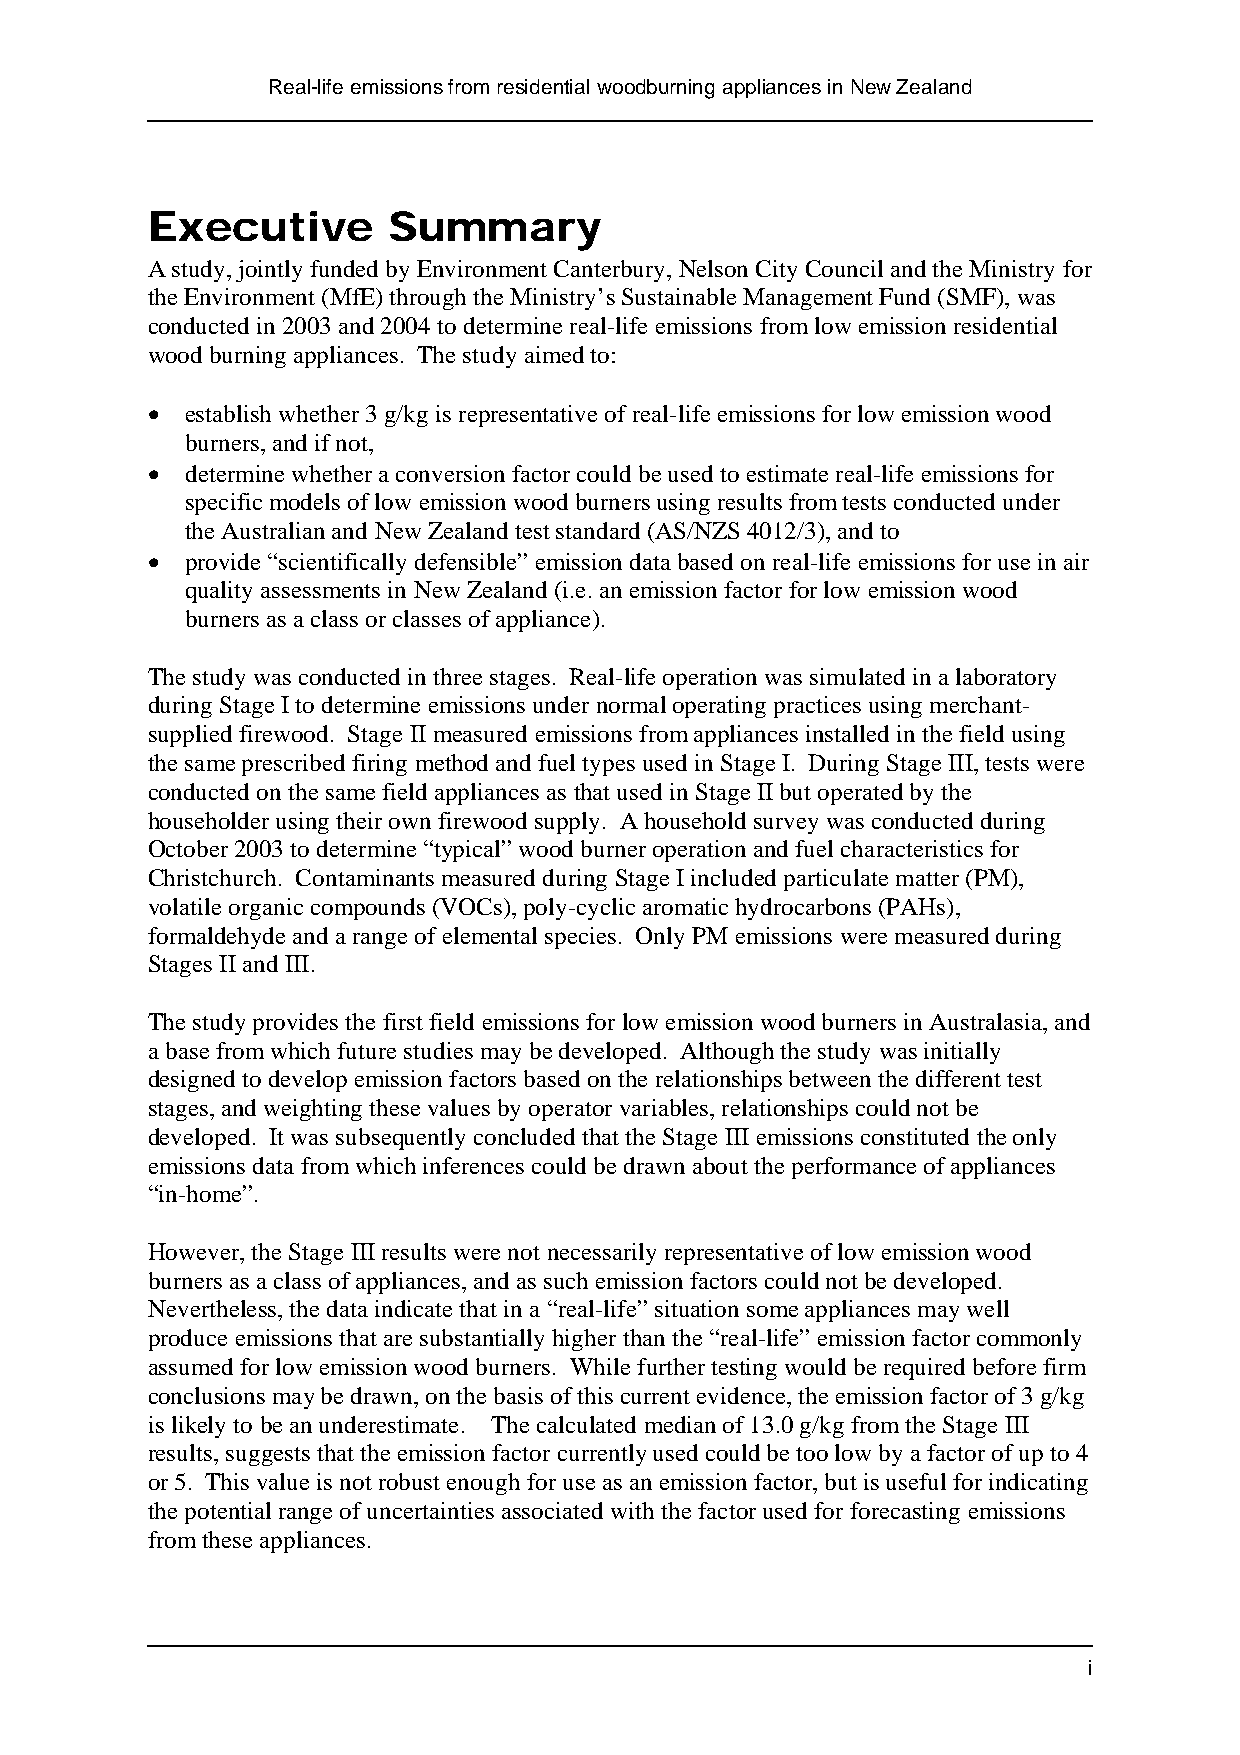
Real-life emissions from residential woodburning appliances in New Zealand
 Executive       Summary
 A study, jointly funded by Environment Canterbury, Nelson City Council and the Ministry for
 the Environment (MfE) through the Ministry’s Sustainable Management Fund (SMF), was
 conducted in 2003 and 2004 to determine real-life emissions from low emission residential
 wood burning appliances. The study aimed to:
 • establish whether 3 g/kg is representative of real-life emissions for low emission wood
 burners, and if not,
 • determine whether a conversion factor could be used to estimate real-life emissions for
 specific models of low emission wood burners using results from tests conducted under
 the Australian and New Zealand test standard (AS/NZS 4012/3), and to
 • provide “scientifically defensible” emission data based on real-life emissions for use in air
 quality assessments in New Zealand (i.e. an emission factor for low emission wood
 burners as a class or classes of appliance).
 The study was conducted in three stages. Real-life operation was simulated in a laboratory
 during Stage I to determine emissions under normal operating practices using merchant-
 supplied firewood. Stage II measured emissions from appliances installed in the field using
 the same prescribed firing method and fuel types used in Stage I. During Stage III, tests were
 conducted on the same field appliances as that used in Stage II but operated by the
 householder using their own firewood supply. A household survey was conducted during
 October 2003 to determine “typical” wood burner operation and fuel characteristics for
 Christchurch. Contaminants measured during Stage I included particulate matter (PM),
 volatile organic compounds (VOCs), poly-cyclic aromatic hydrocarbons (PAHs),
 formaldehyde and a range of elemental species. Only PM emissions were measured during
 Stages II and III.
 The study provides the first field emissions for low emission wood burners in Australasia, and
 a base from which future studies may be developed. Although the study was initially
 designed to develop emission factors based on the relationships between the different test
 stages, and weighting these values by operator variables, relationships could not be
 developed. It was subsequently concluded that the Stage III emissions constituted the only
 emissions data from which inferences could be drawn about the performance of appliances
 “in-home”.
 However, the Stage III results were not necessarily representative of low emission wood
 burners as a class of appliances, and as such emission factors could not be developed.
 Nevertheless, the data indicate that in a “real-life” situation some appliances may well
 produce emissions that are substantially higher than the “real-life” emission factor commonly
 assumed for low emission wood burners. While further testing would be required before firm
 conclusions may be drawn, on the basis of this current evidence, the emission factor of 3 g/kg
 is likely to be an underestimate. The calculated median of 13.0 g/kg from the Stage III
 results, suggests that the emission factor currently used could be too low by a factor of up to 4
 or 5. This value is not robust enough for use as an emission factor, but is useful for indicating
 the potential range of uncertainties associated with the factor used for forecasting emissions
 from these appliances.
 i